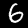
Label: 6